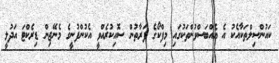
ކައުންސިލްތަކާއެކު އެ އެއްބަސްވުންތަކުގައި މިފްކޯގެ ފަރާތުން ސޮއިކުރެއްވީ އެކުންފުނީގެ މެނޭޖިން ޑިރެކްޓަ އަދުލީ